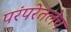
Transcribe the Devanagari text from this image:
परंपरेतलेच